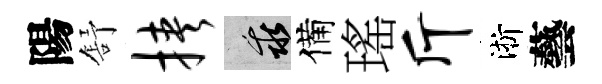
陽舒挟乖備瑤斤淅藝